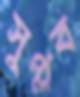
সুপ্লব